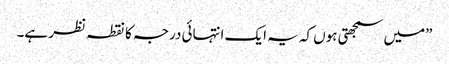
”میں سمجھتی ہوں کہ یہ ایک انتہائی درجہ کا نقطہ نظر ہے۔